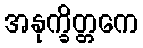
အနုက္ခိတ္တကေ